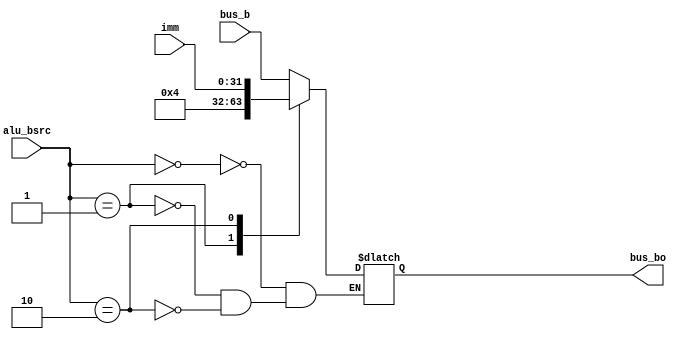
`timescale 1ns / 1ps
//////////////////////////////////////////////////////////////////////////////////
// Company: 
// Engineer: 
// 
// Design Name: 
// Module Name: mux_alu_bsrc
// Project Name: 
// Target Devices: 
// Tool Versions: 
// Description: 
// 
// Dependencies: 
// 
// Revision:
// Revision 0.01 - File Created
// Additional Comments:
// 
//////////////////////////////////////////////////////////////////////////////////


module mux_alu_bsrc(
    input [1:0]     alu_bsrc,
    input [31:0]    bus_b,
    input [31:0]    imm,

    output reg[31:0]    bus_bo
    );

    always @ (*) begin
        case(alu_bsrc)
            2'b00 : begin   // choose bus_b
                bus_bo <= bus_b;
            end
            2'b01 : begin   // choose 4
                bus_bo <= 4'h4;
            end
            2'b10 : begin   // choose imm
                bus_bo <= imm;
            end
        endcase
    end

endmodule